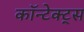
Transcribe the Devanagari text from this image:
कॉन्टेक्ट्स